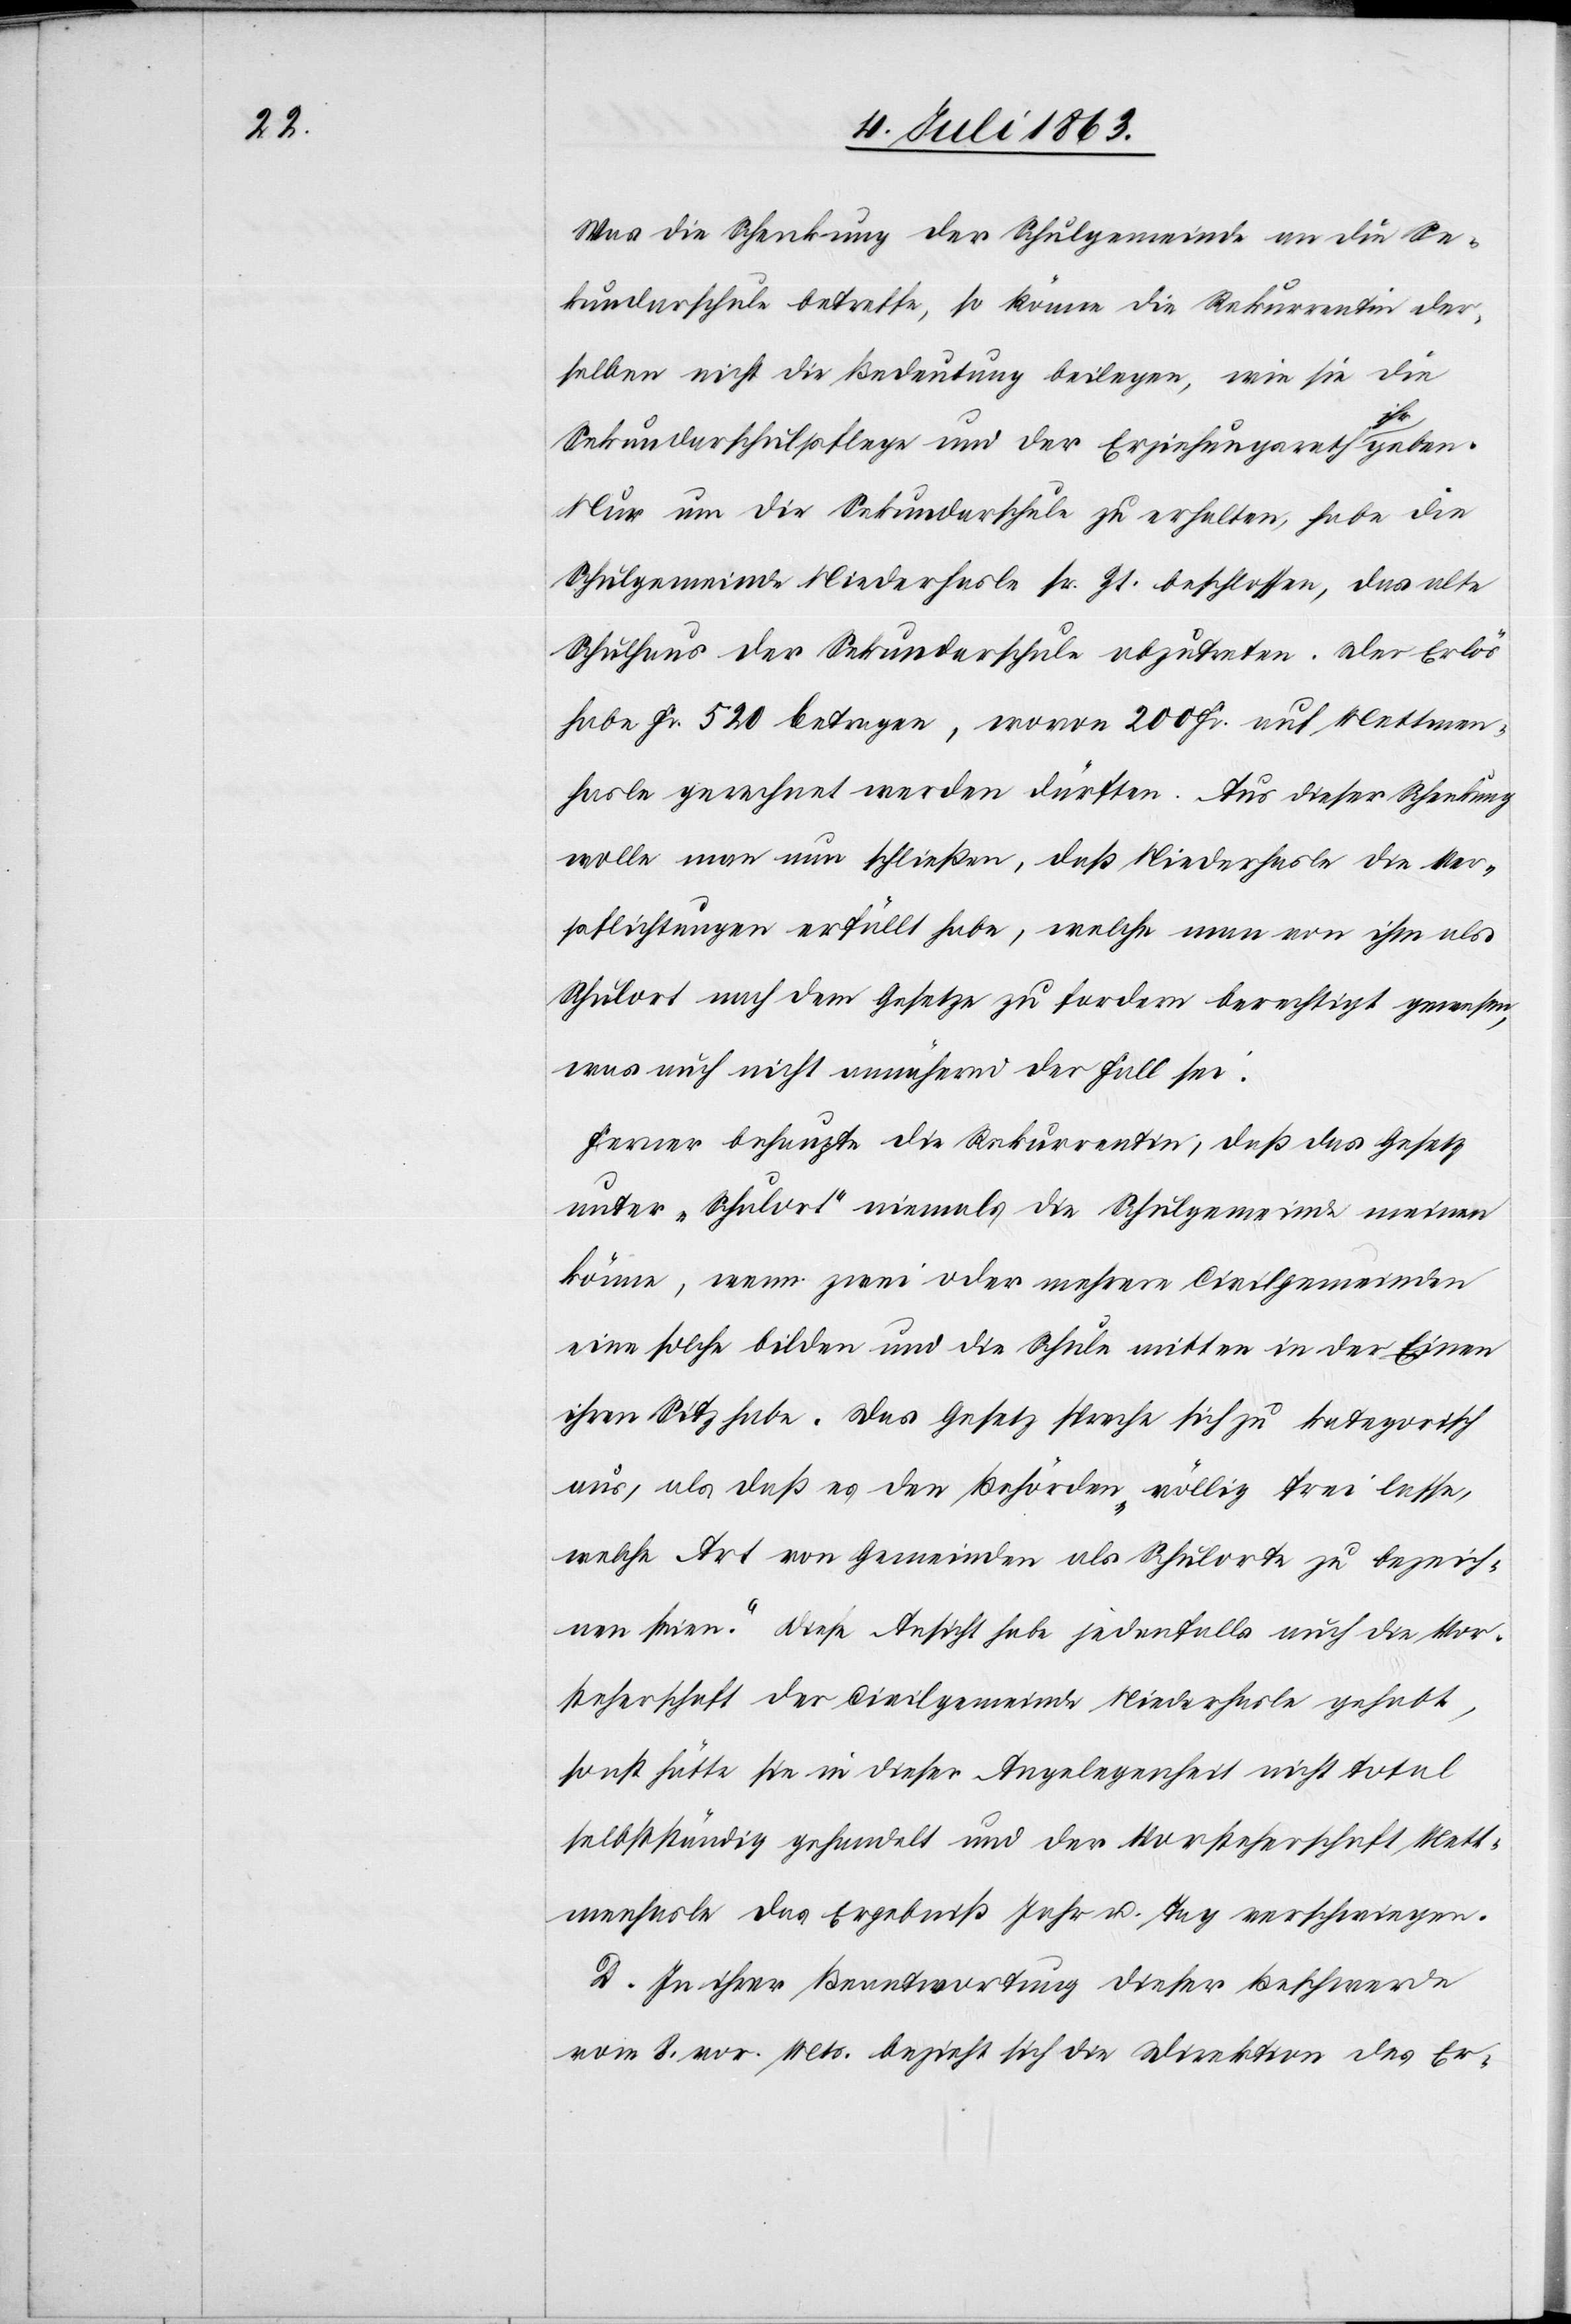
Was die Schenkung der Schulgemeinde an die Se¬
kundarschule betreffe, so könne die Rekurrentin der¬
selben nicht die Bedeutung beilegen, wie sie die
Sekundarschulpflege und der Erziehungsrath ihr geben.
Nur um die Sekundarschule zu erhalten, habe die
Schulgemeinde Niederhasle sr. Zt. beschlossen, das alte
Schulhaus der Sekundarschule abzutreten. Der Erlös
habe Fr. 520 betragen, wovon 200 Fr. auf Mettmen¬
hasle gerechnet werden dürften. Aus dieser Schenkung
wolle man nun schließen, daß Niederhasle die Ver¬
pflichtungen erfüllt habe, welche man von ihm als
Schulort nach dem Gesetze zu fordern berechtigt gewesen,
was auch nicht annährend der Fall sei.
Ferner behaupte die Rekurrentin, daß das Gesetz
unter „Schulort“ niemals die Schulgemeinde meinen
könne, wenn zwei oder mehrere Civilgemeinden
eine solche bilden und die Schule mitten in der Einen
ihren Sitz habe. Das Gesetz spreche sich zu kategorisch
aus, als daß es den Behörden „völlig frei lasse,
welche Art von Gemeinden als Schulorte zu bezeich¬
nen seien“. Diese Ansicht habe jedenfalls auch die Vor¬
steherschaft der Civilgemeinde Niederhasle gehabt,
sonst hätte sie in dieser Angelegenheit nicht total
selbstständig gehandelt und der Vorsteherschaft Mett¬
menhasle das Ergebniß Jahr u. Tag verschwiegen.
D. In ihrer Beantwortung dieser Beschwerde
vom 8. vor. Mts. bezieht sich die Direktion des Er-